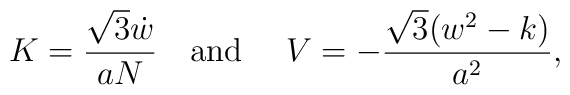
K=\frac{\sqrt 3 \dot{w}}{aN}\quad \mbox{and }\quad     V=-\frac{\sqrt 3 (w^2-k)}{a^2},